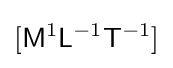
[{\mathsf {M}}^{1}{\mathsf {L}}^{-1}{\mathsf {T}}^{-1}]